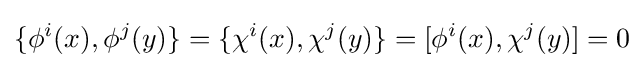
\{\phi ^{i}(x),\phi ^{j}(y)\}=\{\chi ^{i}(x),\chi ^{j}(y)\}=[\phi ^{i}(x),\chi ^{j}(y)]=0